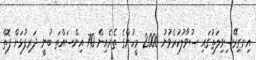
އިނގިރޭސިވިލަތުގައި ސުވާލުކުރެވުނު 2000 މީހުންގެ ތެރެއިން 70 އިންސައްތަ ބުނީ ދަރިފުޅަށް ފޮތް